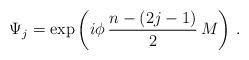
LaTeX: \begin{align*}\Psi_{j}= \exp \left( i \phi \, \frac{n-(2j-1)}{2}\,M \right)\,.\end{align*}